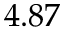
4 . 8 7